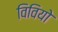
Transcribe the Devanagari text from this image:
विवियो